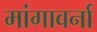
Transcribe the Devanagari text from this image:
मांगावर्ना